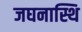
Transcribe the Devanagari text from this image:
जघनास्थि